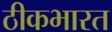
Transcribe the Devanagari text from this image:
ठीकभारत